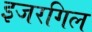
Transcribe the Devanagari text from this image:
इजरगिल